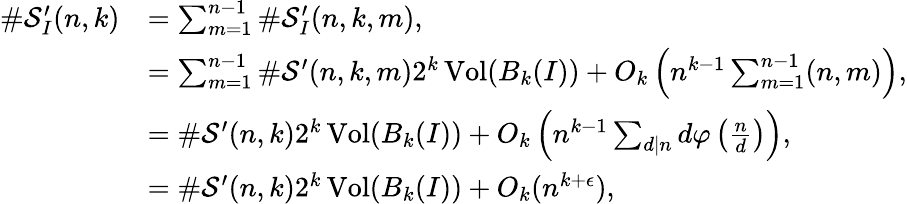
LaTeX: \begin{array}{rl}{\# \mathcal{S}_{I}^{\prime}(n,k)}&{=\sum_{m=1}^{n-1}\# \mathcal{S}_{I}^{\prime}(n,k,m),}\\ &{=\sum_{m=1}^{n-1}\# \mathcal{S}^{\prime}(n,k,m)2^{k}\operatorname{Vol}(B_{k}(I))+O_{k}\left(n^{k-1}\sum_{m=1}^{n-1}(n,m)\right),}\\ &{=\# \mathcal{S}^{\prime}(n,k)2^{k}\operatorname{Vol}(B_{k}(I))+O_{k}\left(n^{k-1}\sum_{d|n}d\varphi\left(\frac{n}{d}\right)\right),}\\ &{=\# \mathcal{S}^{\prime}(n,k)2^{k}\operatorname{Vol}(B_{k}(I))+O_{k}(n^{k+\epsilon}),}\end{array}